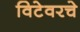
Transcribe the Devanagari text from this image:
विटेवरचे